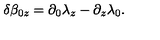
\delta \beta _ { 0 z } = \partial _ { 0 } \lambda _ { z } - \partial _ { z } \lambda _ { 0 } .